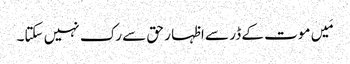
مَیں موت کے ڈر سے اظہا ر حق سے رک نہیں سکتا۔